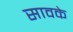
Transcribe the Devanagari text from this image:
सावके